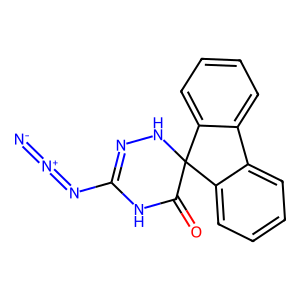
SMILES: [N-]=[N+]=NC1=NNC2(C(=O)N1)c1ccccc1-c1ccccc12
Inhibits HIV replication: No